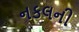
નકલની